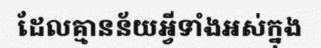
ដែលគ្មានន័យអ្វីទាំងអស់ក្នុង